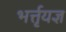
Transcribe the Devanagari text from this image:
भर्त्तृयज्ञ